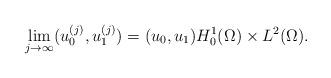
LaTeX: \begin{align*} \lim_{j\to \infty} (u_0^{(j)}, u_1^{(j)}) = (u_0, u_1) H_0^1(\Omega) \times L^2(\Omega).\end{align*}